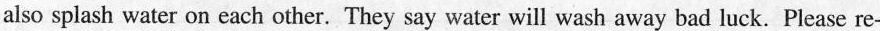
also splash water on each other. They say water will wash away bad luck. Please re-